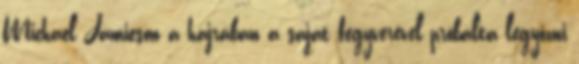
Michael Jamieson a hajrában a saját fegyverével próbálta legyőzni